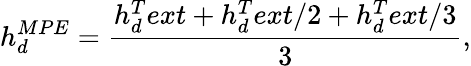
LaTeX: h_{d}^{MPE}=\frac{h_{d}^{T}ext+h_{d}^{T}ext/2+h_{d}^{T}ext/3}{3},